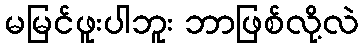
မမြင်ဖူးပါဘူး ဘာဖြစ်လို့လဲ